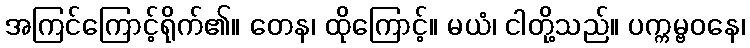
အကြင်ကြောင့်ရိုက်၏။ တေန၊ ထိုကြောင့်။ မယံ၊ ငါတို့သည်။ ပက္ကမ္ဗဝနေ၊